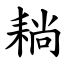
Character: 耥